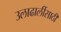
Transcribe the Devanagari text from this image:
उलाढालींसाठी